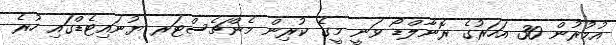
އުމުރުން 30 އަހަރުގެ ރޮނާލްޑޯ ވަނީ މީގެ ކުރިން މެންޗެސްޓަރ ޔުނައިޓެޑްގައި ހުރެ